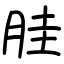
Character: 胿